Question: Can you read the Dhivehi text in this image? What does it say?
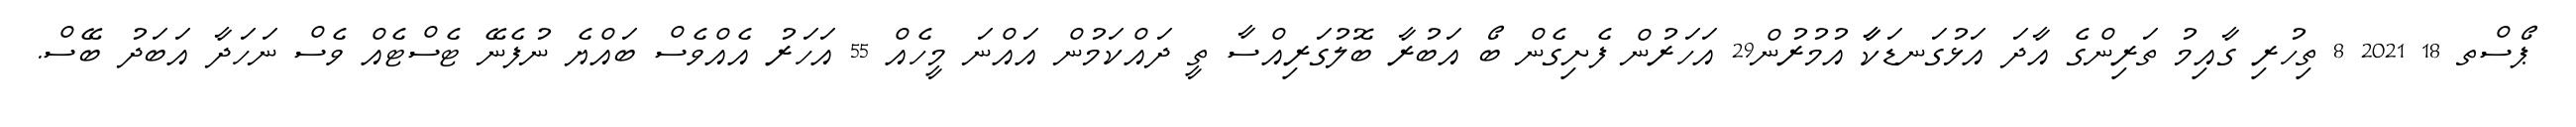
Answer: ޕޯސްތ 18 2021 8 ތިހުރި ގާއިމު ތަރިންގެ އާދަ އަޅުގަނޑަކާާ އުމުރުން29 އަހަރުން ފެށިގެން ބޯ އަބުރާ ބޮލުގަރިއްސާ ތީ ދައްކަމުން އައްނަ މީހެއް 55 އަހަރު އެއްވެސް ބައްޔެ ނުފެނޭ ޓެސްޓެއް ވެސް ނަހަދާ އަބަދު ބޭސް.